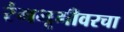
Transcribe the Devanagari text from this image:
रंगभूमीवरचा